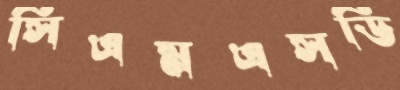
সিএমএসডি